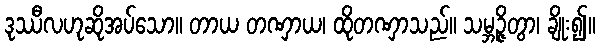
ဒုဿီလဟုဆိုအပ်သော။ တာယ တဏှာယ၊ ထိုတဏှာသည်။ သမ္ဘဉ္ဇိတွာ၊ ချိုး၍။